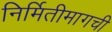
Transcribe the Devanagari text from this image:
निर्मितीमागची